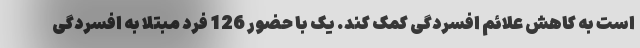
است به کاهش علائم افسردگی کمک کند. یک با حضور 126 فرد مبتلا به افسردگی